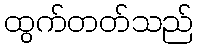
ထွက်တတ်သည်